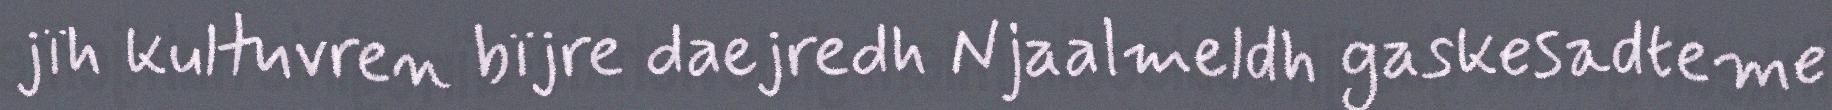
jïh kultuvren bïjre daejredh Njaalmeldh gaskesadteme